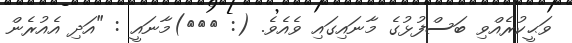
ވަޙީކުރެއްވި ބަސްފުޅުގެ މާނައިގައި ވެއެވެ. (: ١٤٢)މާނައީ : "އަދި އެއުރެން